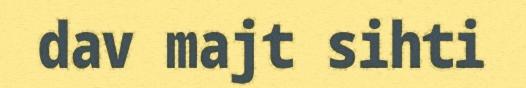
dav majt sihti